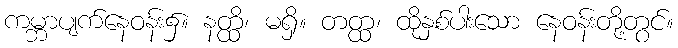
ကမ္ဘာပျက်နေဝန်း၌။ နတ္ထိ၊ မရှိ။ တတ္ထ၊ ထိုနှစ်ပါးသော နေဝန်းတို့တွင်။